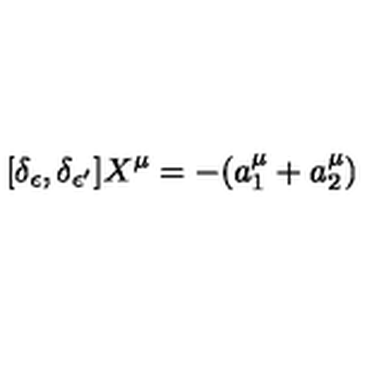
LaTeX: [ \delta _ { \epsilon } , \delta _ { \epsilon ^ { \prime } } ] X ^ { \mu } = - ( a _ { 1 } ^ { \mu } + a _ { 2 } ^ { \mu } )